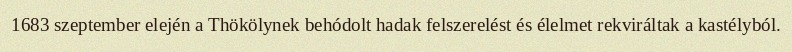
1683 szeptember elején a Thökölynek behódolt hadak felszerelést és élelmet rekviráltak a kastélyból.